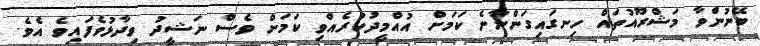
ބޭނުންވާ މަޝްރޫއުތައް ހިނގައިގަންނާނެ ކަމަށް އުއްމީދުކުރެއްވި ކަމަށް ވެސް ނަޝީދު ވިދާޅުވެފައިވެ އެވެ.